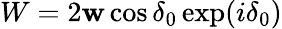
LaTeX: W=2\mathbf{w}\cos\delta_{0}\exp(i\delta_{0})